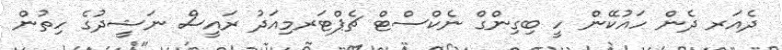
ދެއަރ ދެން ހައުކޭން ހީ ބިގިންގް ނެކްސްޓް ޗެޕްޓަރމިއަދު ރައީސް ނަޝީދުގެ ހިތުން